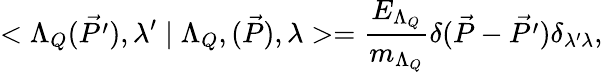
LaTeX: <\Lambda_{Q}(\vec{P^{\prime}}),{\lambda}^{\prime}\mid\Lambda_{Q},(\vec{P}),{\lambda}>=\frac{E_{\Lambda_{Q}}}{m_{\Lambda_{Q}}}\delta(\vec{P}-\vec{P^{\prime}})\delta_{\lambda{'}\lambda},